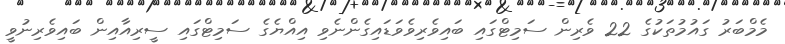
މެމްބަރު ގައުމުތަކުގެ 22 ވެރިން ސަމިޓްގައި ބައިވެރިވެވަޑައިގެންނެވި އިއްޔެގެ ސަމިޓްގައި ސީރިއާއިން ބައިވެރިނުވީ